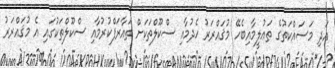
އަދި މަސައްކަތުގެ ތަޢުލީމާއިބެހޭ މުޤައްރަރު ހެދުމާއި ސްކޫލްތަކަށް ތައާރަފްކުރުމާއި ސްކޫލްތަކުގައި އެ މުޤައްރަރު